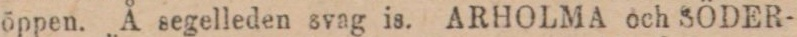
öppen. Å segelleden svag is. ARHOLMA och SÖDER-